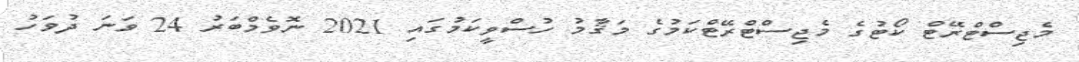
މެޖިސްޓްރޭޓް ކޯޓުގެ މެޖިސްޓްރޭޓްކަމުގެ މަޤާމު ހުސްވީކަމުގައި 2021 ނޮވެމްބަރު 24 ވަނަ ދުވަހު